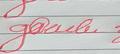
Signature authenticity: forged